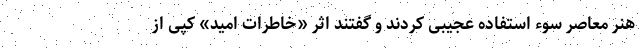
هنر معاصر سوء استفاده عجیبی کردند و گفتند اثر «خاطرات امید» کپی از